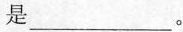
是___。